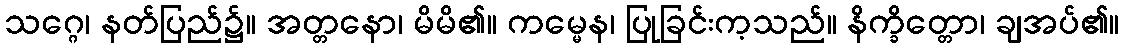
သဂ္ဂေ၊ နတ်ပြည်၌။ အတ္တနော၊ မိမိ၏။ ကမ္မေန၊ ပြုခြင်းက့သည်။ နိက္ခိတ္တော၊ ချအပ်၏။